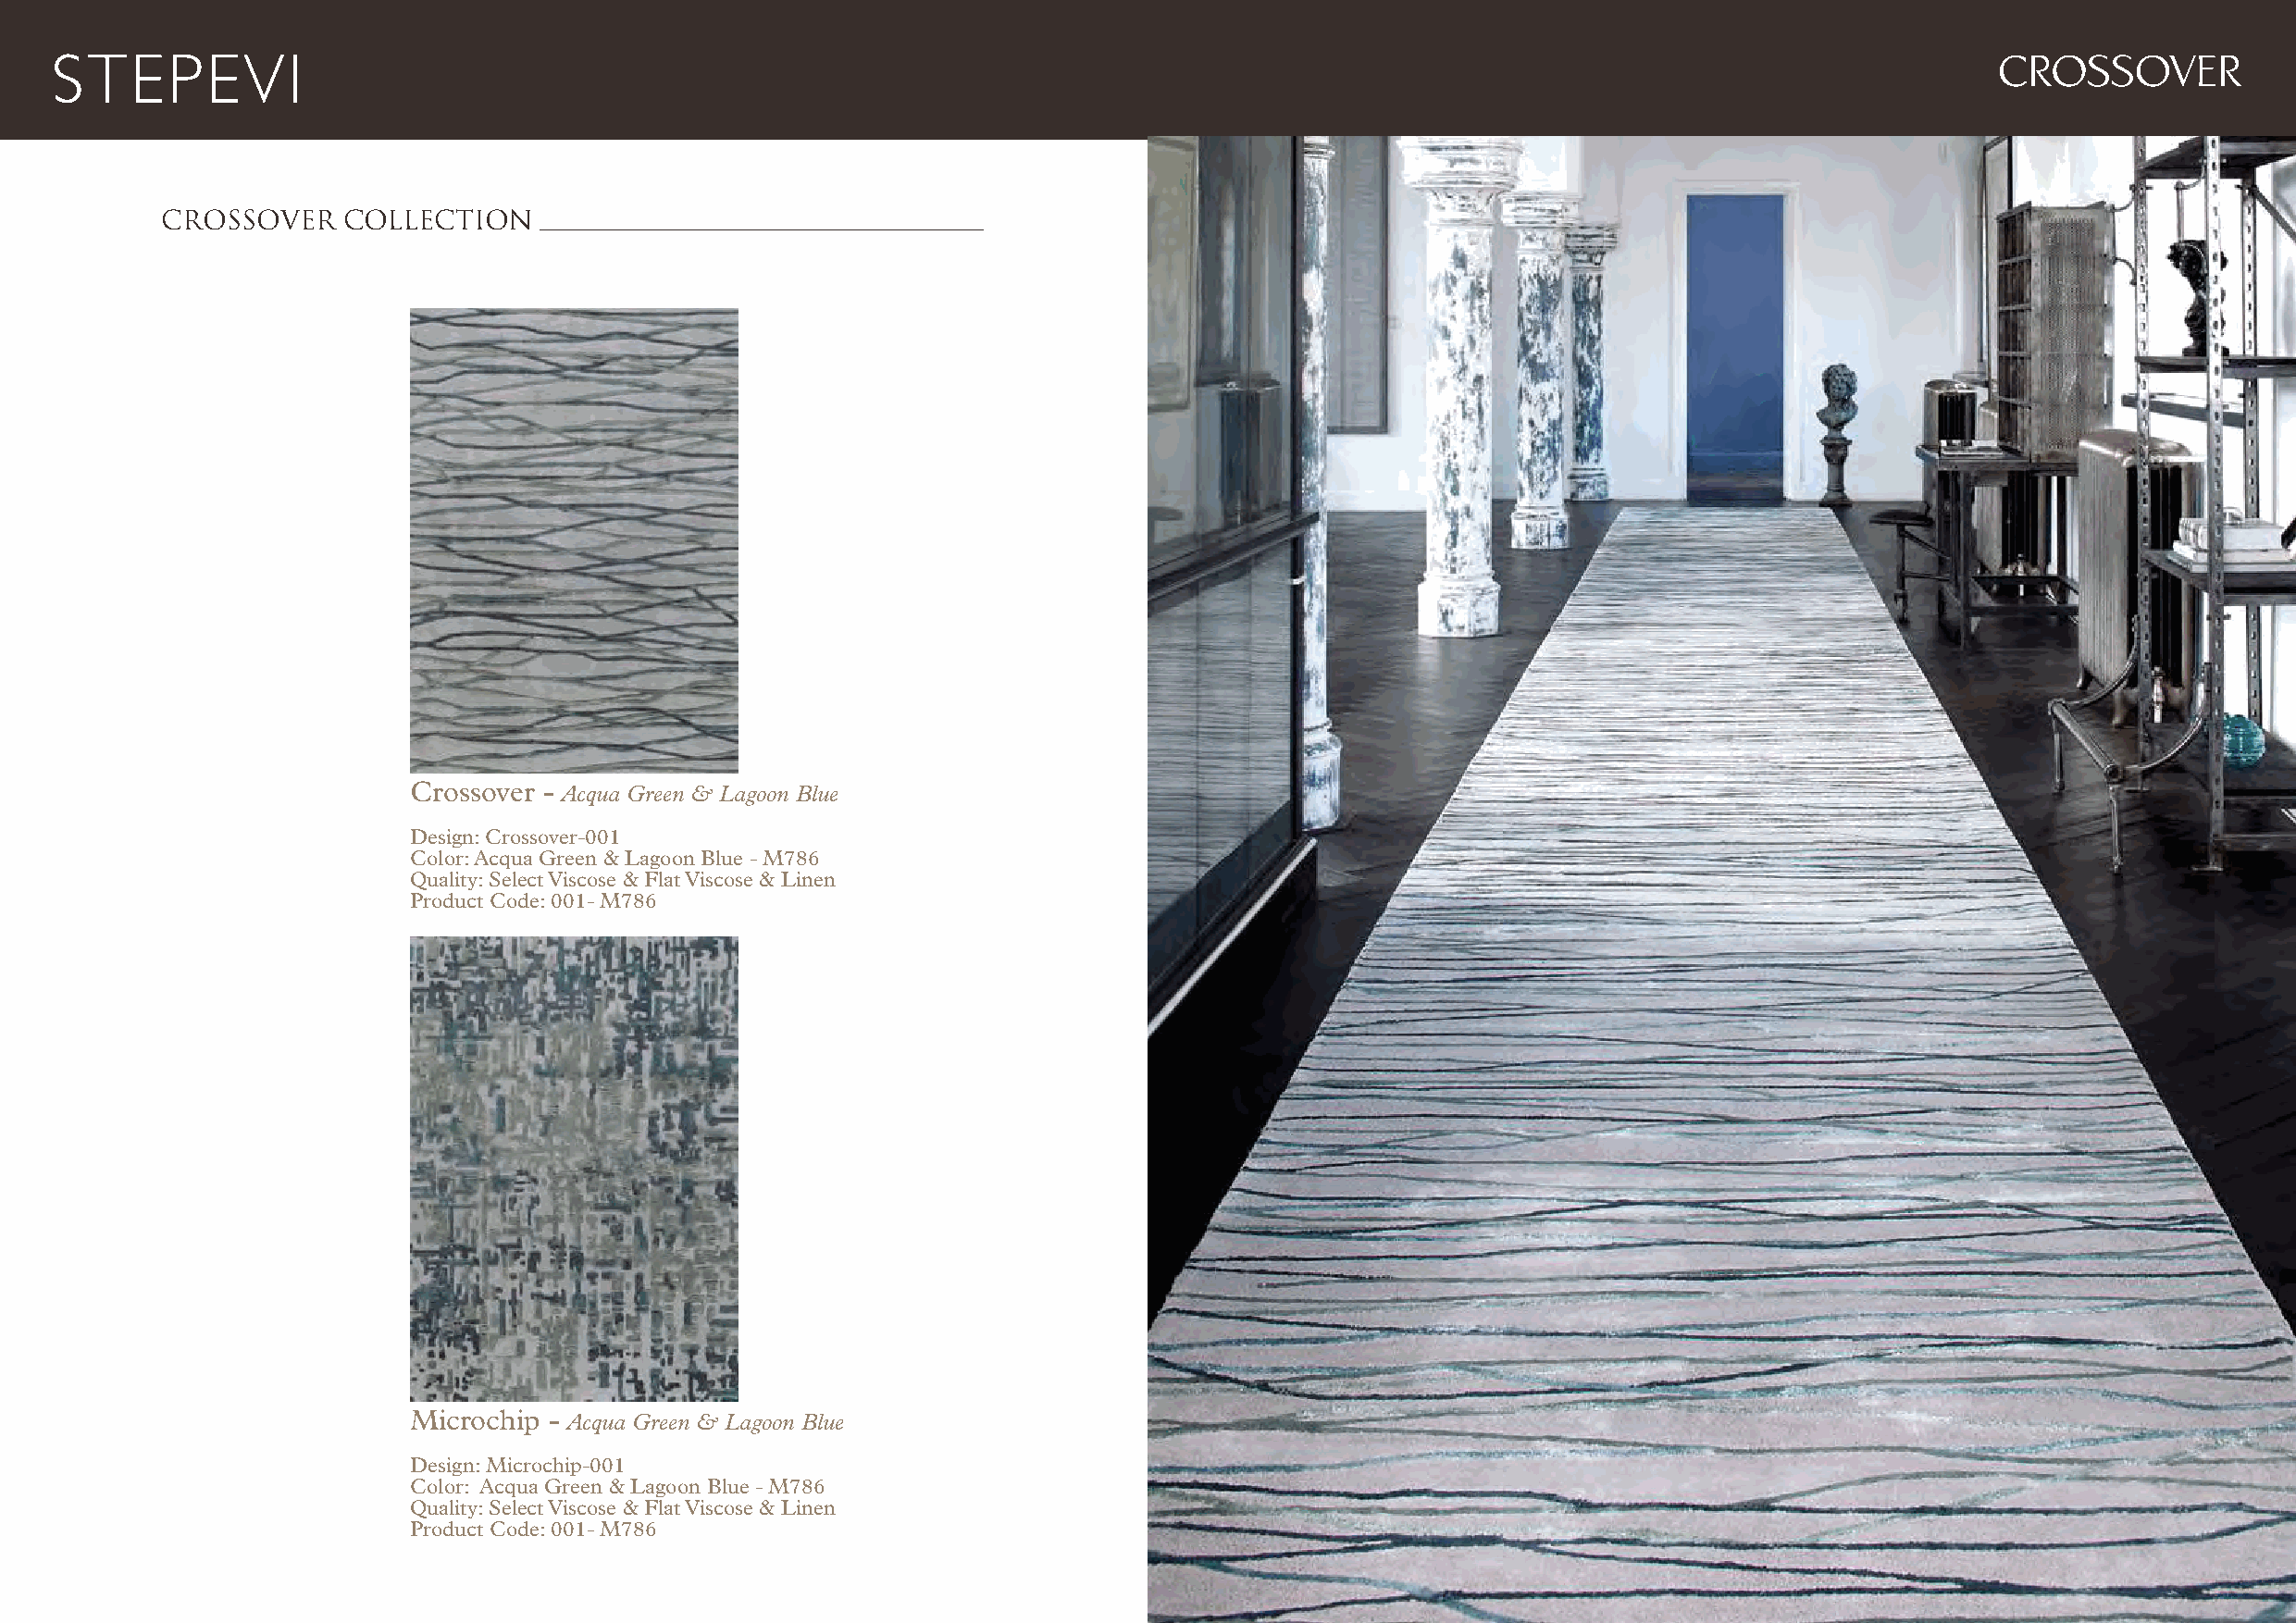
CROSSOVER
 CROSSOVER    COLLECTION
 Crossover - Acqua Green & Lagoon Blue
 Design: Crossover-001
 Color: Acqua Green & Lagoon Blue - M786
 Quality: Select Viscose & Flat Viscose & Linen
 Product Code: 001- M786
 Microchip - Acqua Green & Lagoon Blue
 Design: Microchip-001
 Color: Acqua Green & Lagoon Blue - M786
 Quality: Select Viscose & Flat Viscose & Linen
 Product Code: 001- M786